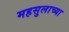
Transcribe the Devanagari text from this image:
महसुलाच्या